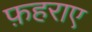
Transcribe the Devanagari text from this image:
फ़हराए